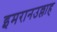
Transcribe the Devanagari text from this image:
इमरानउल्लाह